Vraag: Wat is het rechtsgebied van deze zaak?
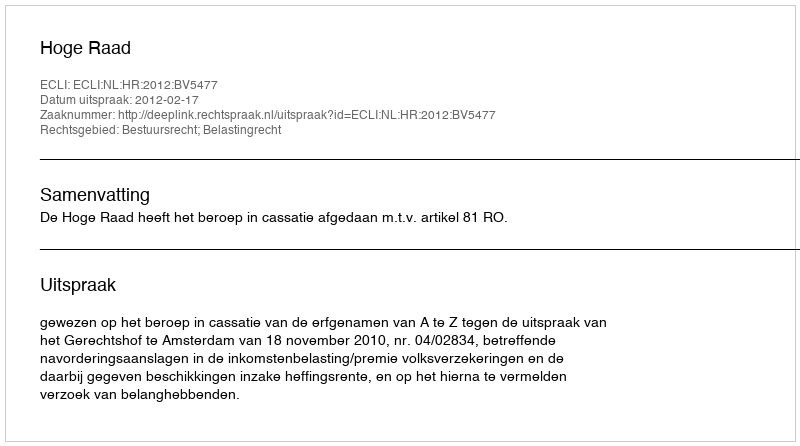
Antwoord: Bestuursrecht; Belastingrecht